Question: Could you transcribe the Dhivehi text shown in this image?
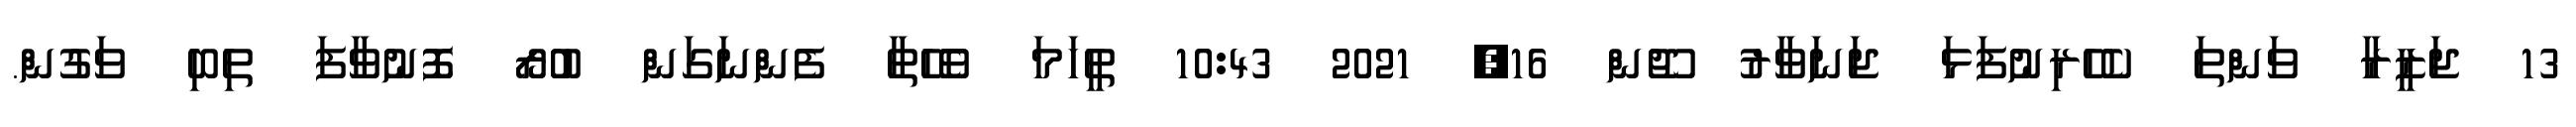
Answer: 13 ޖަޒީރާ ވަންތަ ކެހެރިނުފަޅަ ޖަނަވާރު ޖޫން 16, 2021 10:43 ތީހަމަ ވެހޭތާ ފެންނަގަން ބުރޯ ފޮނުވާފަ ތިބި ވަގުން.